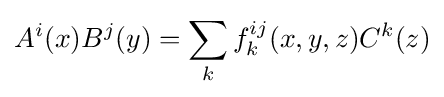
A^{i}(x)B^{j}(y)=\sum _{k}f_{k}^{ij}(x,y,z)C^{k}(z)